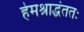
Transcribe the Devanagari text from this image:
हेमश्राद्धंततः